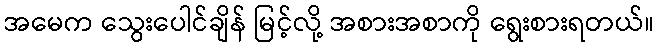
အမေက သွေးပေါင်ချိန် မြင့်လို့ အစားအစာကို ရွေးစားရတယ်။